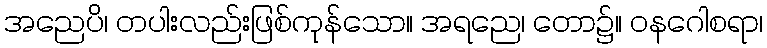
အညေပိ၊ တပါးလည်းဖြစ်ကုန်သော။ အရညေ၊ တော၌။ ဝနဂေါစရာ၊